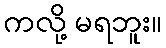
ကလို့ မရဘူး။